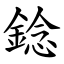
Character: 錜